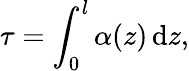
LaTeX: \tau=\int_{0}^{l}\alpha(z)\, \mathrm{d}z,